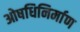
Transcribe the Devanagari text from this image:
ओषधिनिर्माण